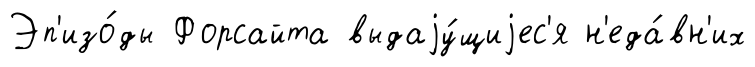
Эп'изо́ды Форсайта выдаjу́щиjес'я н'еда́вн'их